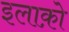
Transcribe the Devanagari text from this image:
इलाक़ो